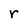
Character: r